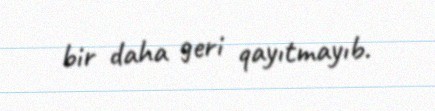
bir daha geri qayıtmayıb.